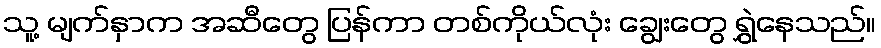
သူ့ မျက်နှာက အဆီတွေ ပြန်ကာ တစ်ကိုယ်လုံး ချွေးတွေ ရွှဲနေသည်။